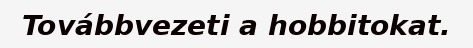
Továbbvezeti a hobbitokat.